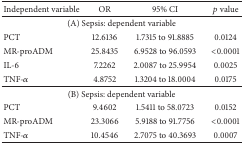
<table><thead><tr><td><b>Independent variable</b></td><td><b>OR</b></td><td><b>95% CI</b></td><td><b><i>p</i> value</b></td></tr></thead><tbody><tr><td colspan="4">(A) Sepsis: dependent variable</td></tr><tr><td>PCT</td><td>12.6136</td><td>1.7315 to 91.8885</td><td>0.0124</td></tr><tr><td>MR-proADM</td><td>25.8435</td><td>6.9528 to 96.0593</td><td>&lt;0.0001</td></tr><tr><td>IL-6</td><td>7.2262</td><td>2.0087 to 25.9954</td><td>0.0025</td></tr><tr><td>TNF-<i>α</i></td><td>4.8752</td><td>1.3204 to 18.0004</td><td>0.0175</td></tr><tr><td colspan="4">(B) Sepsis: dependent variable</td></tr><tr><td>PCT</td><td>9.4602</td><td>1.5411 to 58.0723</td><td>0.0152</td></tr><tr><td>MR-proADM</td><td>23.3066</td><td>5.9188 to 91.7756</td><td>&lt;0.0001</td></tr><tr><td>TNF-<i>α</i></td><td>10.4546</td><td>2.7075 to 40.3693</td><td>0.0007</td></tr></tbody></table>